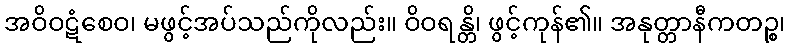
အဝိဝဋံစေဝ၊ မဖွင့်အပ်သည်ကိုလည်း။ ဝိဝရန္တိ၊ ဖွင့်ကုန်၏။ အနုတ္တာနီကတဉ္စ၊